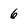
Character: 6